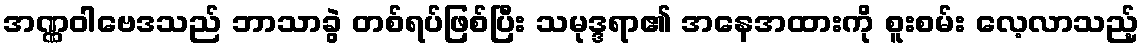
အဏ္ဏဝါဗေဒသည် ဘာသာခွဲ တစ်ရပ်ဖြစ်ပြီး သမုဒ္ဒရာ၏ အနေအထားကို စူးစမ်း လေ့လာသည့်